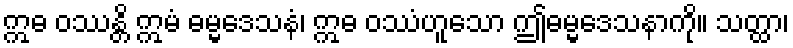
ဣဓ ဝဿန္တိ ဣမံ ဓမ္မဒေသနံ၊ ဣဓ ဝဿံဟူသော ဤဓမ္မဒေသနာကို။ သတ္ထာ၊